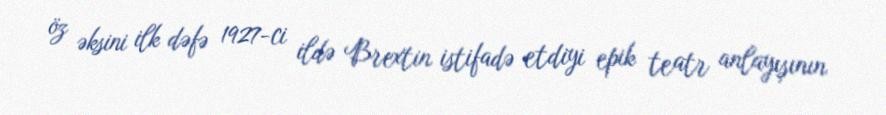
öz əksini ilk dəfə 1927-ci ildə Brextin istifadə etdiyi epik teatr anlayışının